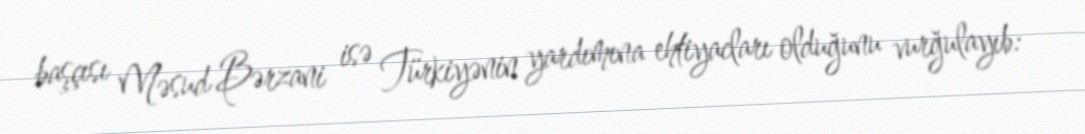
başçısı Məsud Bərzani isə Türkiyənin yardımına ehtiyacları olduğunu vurğulayıb: